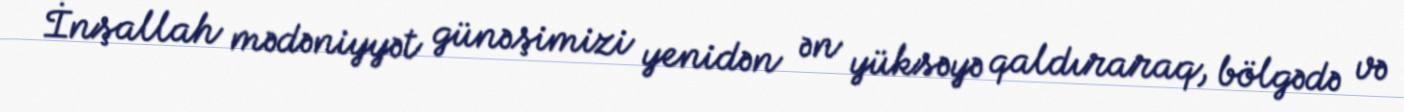
İnşallah mədəniyyət günəşimizi yenidən ən yüksəyə qaldıraraq, bölgədə və